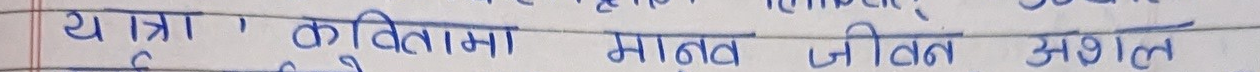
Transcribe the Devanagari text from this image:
ये यात्रा, कवितामा मानव जीवन अशक्त